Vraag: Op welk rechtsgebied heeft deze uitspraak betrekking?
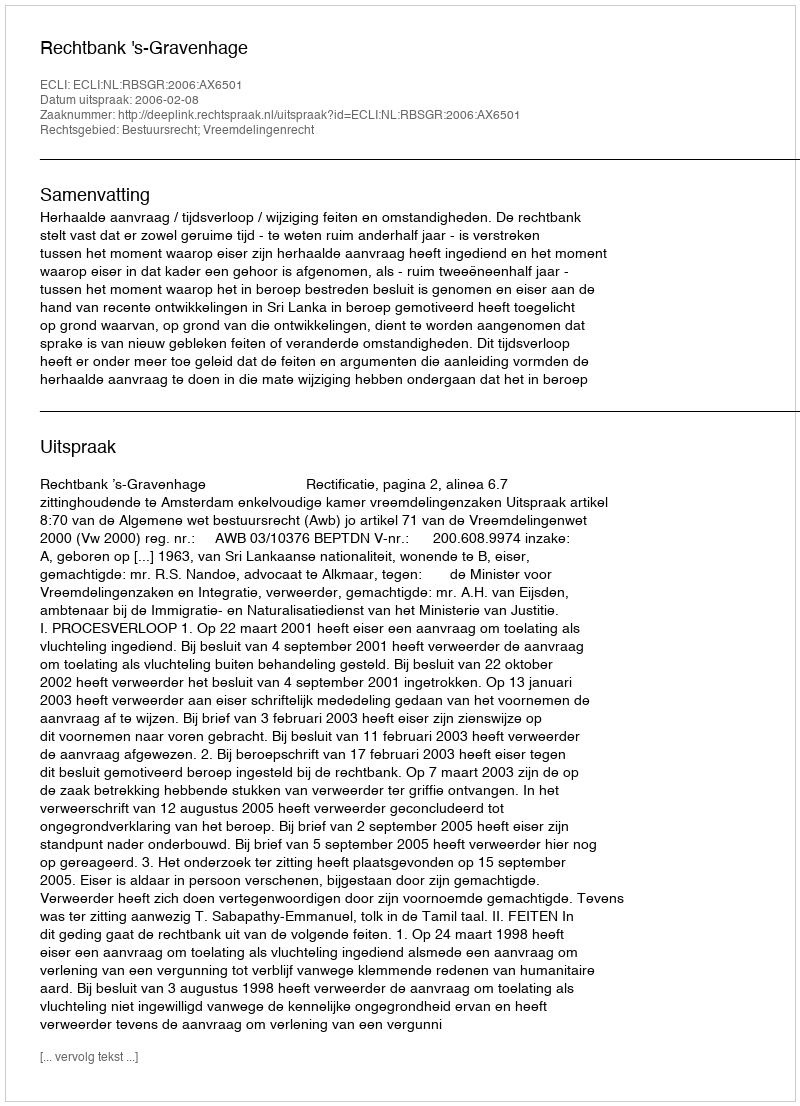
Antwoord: Bestuursrecht; Vreemdelingenrecht